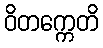
ဝိတက္ကေတိ